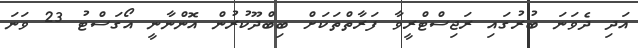
އަދި ދެވަނަ ބުރުގައި ރަޖިސްޓްރީވާ ފަރާތްތަކަށް ބިބްދޫކުރުން އޮންނާނީ އޯގަސްޓު 23 ވަނަ